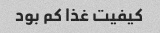
کیفیت غذا کم بود